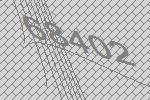
68402